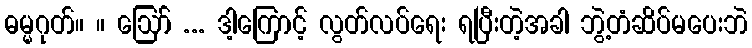
ဓမ္မဂုတ်။ ။ ဪ ... ဒါ့ကြောင့် လွတ်လပ်ရေး ရပြီးတဲ့အခါ ဘွဲ့တံဆိပ်မပေးဘဲ